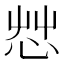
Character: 𢘿